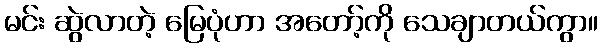
မင်း ဆွဲလာတဲ့ မြေပုံဟာ အတော့်ကို သေချာတယ်ကွာ။